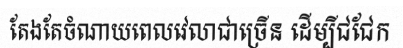
តែងតែចំណាយពេលវេលាជាច្រើន ដើម្បីជជែក